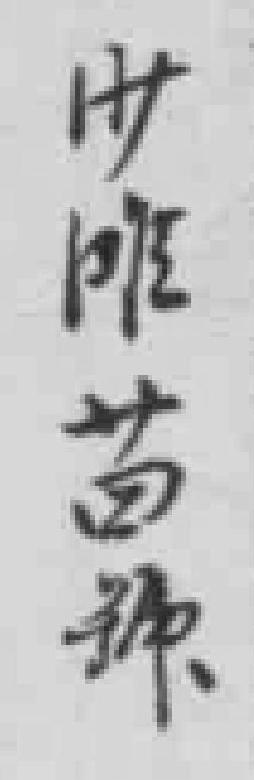
卅唯苗*